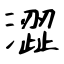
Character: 澀